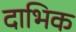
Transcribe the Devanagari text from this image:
दाभिक